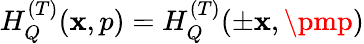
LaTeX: H_{Q}^{(T)}(\mathbf{x},p)=H_{Q}^{(T)}(\pm\mathbf{x},\pmp)